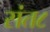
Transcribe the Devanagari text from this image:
संत८